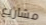
مشاريع